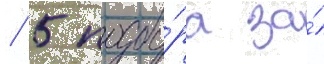
/ 5 подбо́ра за́